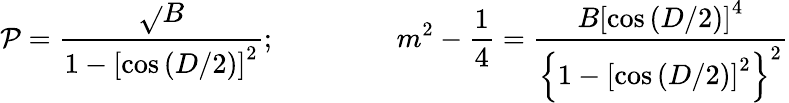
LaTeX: \mathcal{P}=\frac{{\sqrt{}{{B}}}}{{1-\left[\cos\left(D/2\right)\right]^{2}}};\ \ \ \ \ \ \ \ \ \ \ \ \ \ \ \ \ m^{2}-\frac{{1}}{{4}}=\frac{{B\left[\cos\left(D/2\right)\right]^{4}}}{{\left\{ 1-\left[\cos\left(D/2\right)\right]^{2}\right\} ^{2}}}